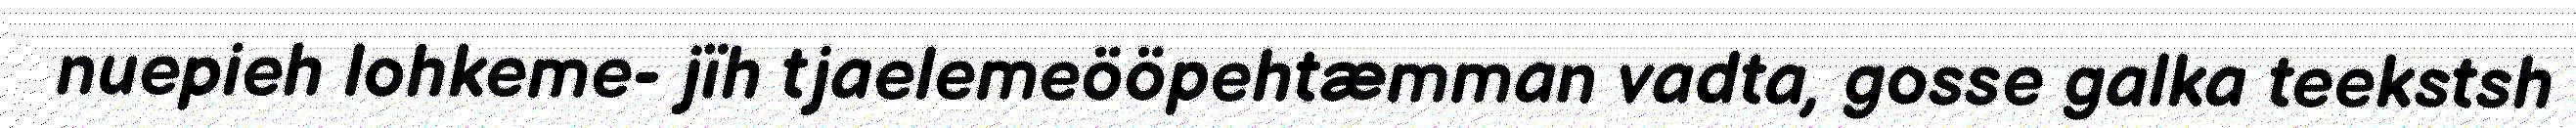
nuepieh lohkeme- jïh tjaelemeööpehtæmman vadta, gosse galka teekstsh